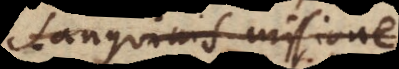
anguinis missione